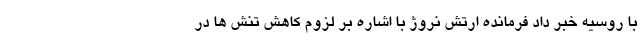
با روسیه خبر داد فرمانده ارتش نروژ با اشاره بر لزوم کاهش تنش ها در